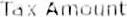
TAX AMOUNT